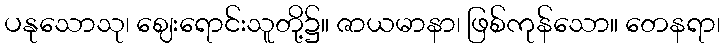
ပနုသောသု၊ ဈေးရောင်းသူတို့၌။ ဇာယမာနာ၊ ဖြစ်ကုန်သော။ တေနရာ၊